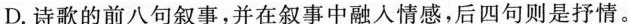
D. 诗歌的前八句叙事，并在叙事中融人情感，后四句则是抒情。